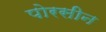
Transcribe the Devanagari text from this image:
पोरसीन